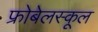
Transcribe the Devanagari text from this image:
फ्रोबेलस्कूल